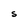
Character: S